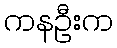
ကနဦးက